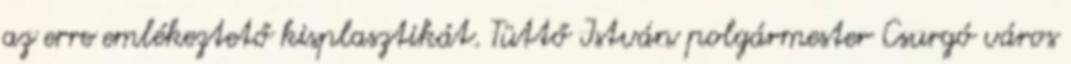
az erre emlékeztető kisplasztikát. Tüttő István polgármester Csurgó város